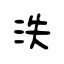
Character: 泆